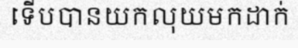
ទើបបានយកលុយមកដាក់